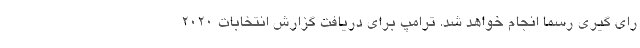
رای گیری رسما انجام خواهد شد. ترامپ برای دریافت گزارش انتخابات ۲۰۲۰